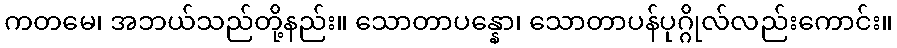
ကတမေ၊ အဘယ်သည်တို့နည်း။ သောတာပန္နော၊ သောတာပန်ပုဂ္ဂိုလ်လည်းကောင်း။